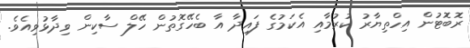
ރޮބޮޓުން އިހްތިޔާރު ކުރުމާއި އެކަމުގެ ފައިދާ އާ ބެހޭގޮތުން ހޭލް ސާކިން ވިދާޅުވިއެވެ.